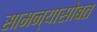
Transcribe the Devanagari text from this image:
सामन्यासोबत